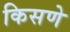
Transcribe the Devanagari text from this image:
किसणे